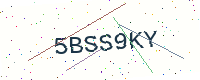
Text: 5BSS9KY